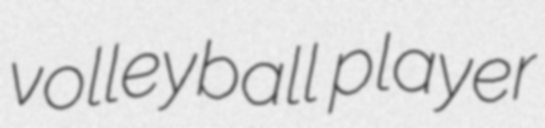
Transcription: volleyball player